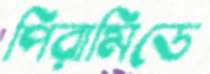
পিরামিডে